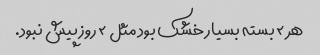
هر ۲ بسته بسیار خشک بود مثل ۲ روز پیش نبود.